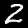
Label: 2